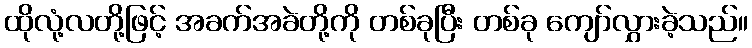
ထိုလုံ့လတို့ဖြင့် အခက်အခဲတို့ကို တစ်ခုပြီး တစ်ခု ကျော်လွှားခဲ့သည်။